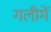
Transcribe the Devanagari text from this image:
गलीमें